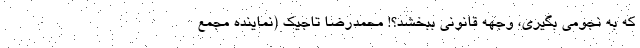
که به نجومی بگیری، وجهه قانونی ببخشد؟! محمدرضا تاجیک (نماینده مجمع